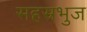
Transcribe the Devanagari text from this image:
सहस्रभुज